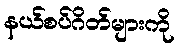
နယ်စပ်ဂိတ်များကို